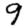
Digit: 9